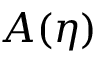
A ( \eta )